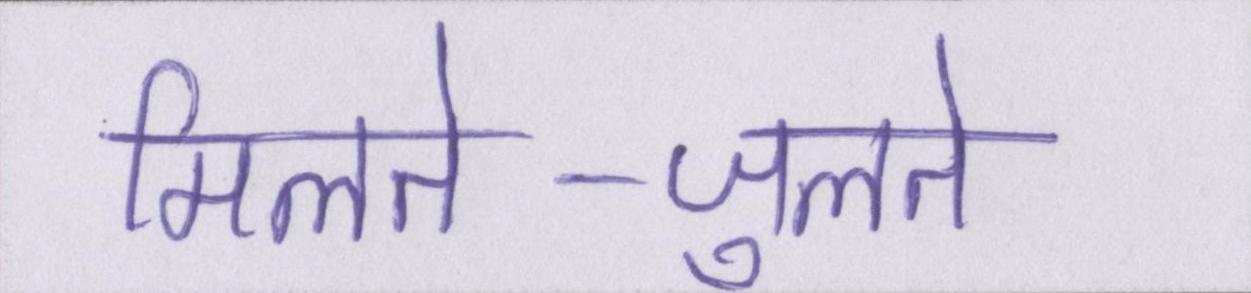
मिलते-जुलते